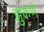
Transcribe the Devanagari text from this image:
झुकणे